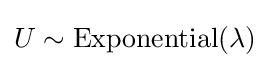
U\sim \operatorname {Exponential} (\lambda )